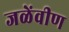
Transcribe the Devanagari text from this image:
जळेंवीण